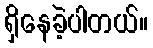
ရှိနေခဲ့ပါတယ်။